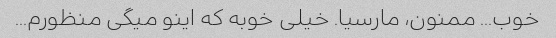
خوب... ممنون، مارسیا. خیلی خوبه که اینو میگی منظورم...